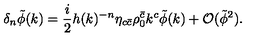
\delta _ { n } \tilde { \phi } ( k ) = \frac { i } { 2 } h ( k ) ^ { - n } \eta _ { c \bar { c } } \rho _ { 0 } ^ { \bar { c } } k ^ { c } \tilde { \phi } ( k ) + { \cal O } ( \tilde { \phi } ^ { 2 } ) .